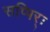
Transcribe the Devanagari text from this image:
सप्पिर्ः